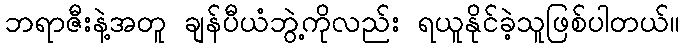
ဘရာဇီးနဲ့အတူ ချန်ပီယံဘွဲ့ကိုလည်း ရယူနိုင်ခဲ့သူဖြစ်ပါတယ်။